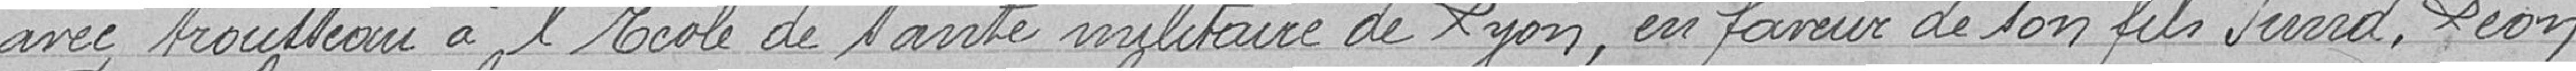
avec trousseau à l'école de santé militaire de Lyon, en faveur de son fils Jund Léon